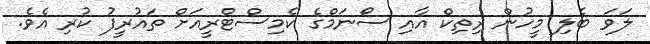
ލަވަ ބެލި މީހުން ރިތިކް އާއި ސޯނަމްގެ ކެމިސްޓްރީއަށް ތައުރީފު ކުރި އެވެ.